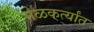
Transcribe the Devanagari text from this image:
मेळकर्त्यांत